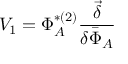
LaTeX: V _ { 1 } = \Phi _ { A } ^ { * ( 2 ) } \frac { \vec { \delta } } { \delta \bar { \Phi } _ { A } }